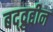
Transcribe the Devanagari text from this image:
बद्द्रुद्दीन